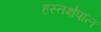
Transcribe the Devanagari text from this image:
हस्तक्षेपाल